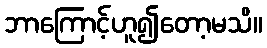
ဘာကြောင့်ဟူ၍တော့မသိ။